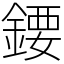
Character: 𨪁